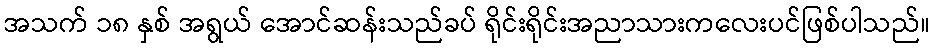
အသက် ၁၈ နှစ် အရွယ် အောင်ဆန်းသည်ခပ် ရိုင်းရိုင်းအညာသားကလေးပင်ဖြစ်ပါသည်။